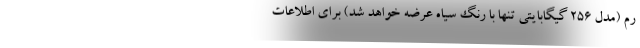
رم (مدل 256 گیگابایتی تنها با رنگ سیاه عرضه خواهد شد) برای اطلاعات